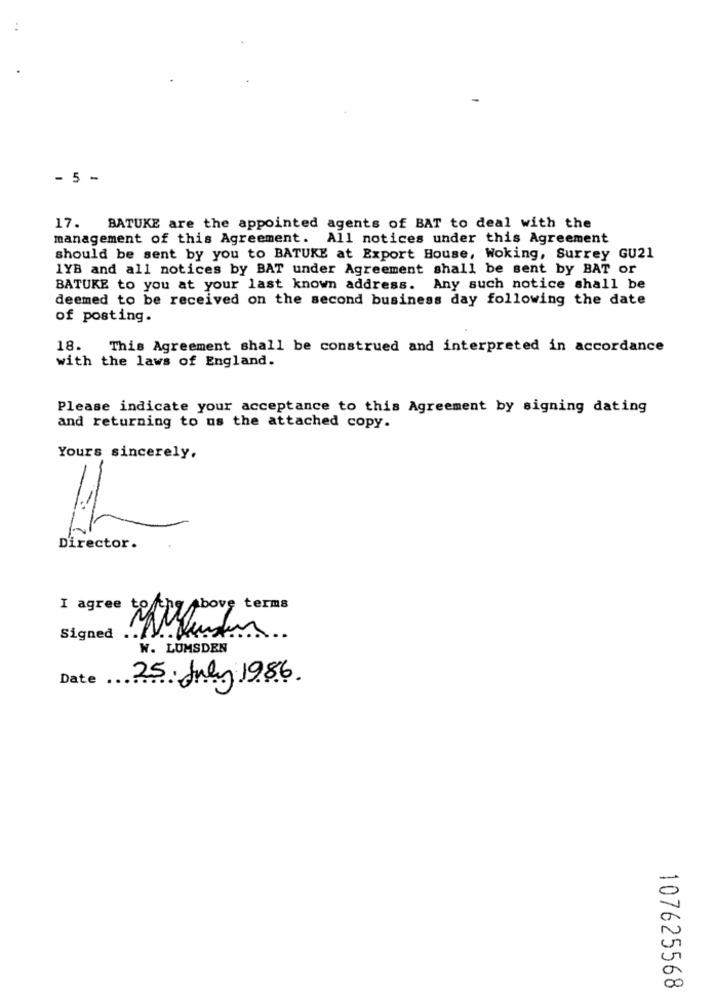
- 5 -
17.
BATUKE are the appointed agents of BAT to deal with the
management of this Agreement. All notices under this Agreement
should be sent by you to BATUKE at Export House, Woking, Surrey GU21
1YB and all notices by BAT under Agreement shall be sent by BAT or
BATUKE to you at your last known address. Any such notice shall be
deemed to be received on the second business day following the date
of posting.
18.
This Agreement shall be construed and interpreted in accordance
with the laws of England.
Please indicate your acceptance to this Agreement by signing dating
and returning to us the attached copy.
Yours sincerely,
Director.
I agree
Above terms
Signed ..
V.
W. LUMSDEN
Date
25. July 1986.
-
00
107625568